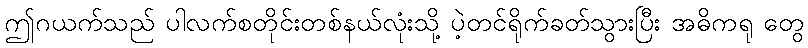
ဤဂယက်သည် ပါလက်စတိုင်းတစ်နယ်လုံးသို့ ပဲ့တင်ရိုက်ခတ်သွားပြီး အဓိကရု တွေ